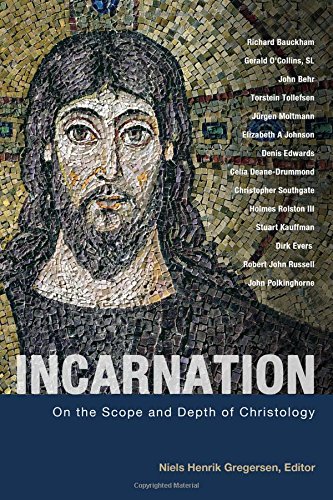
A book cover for Incarnation: On the Scope and Depth of Christology; Niels Henrik Gregersen; Christian Books & Bibles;